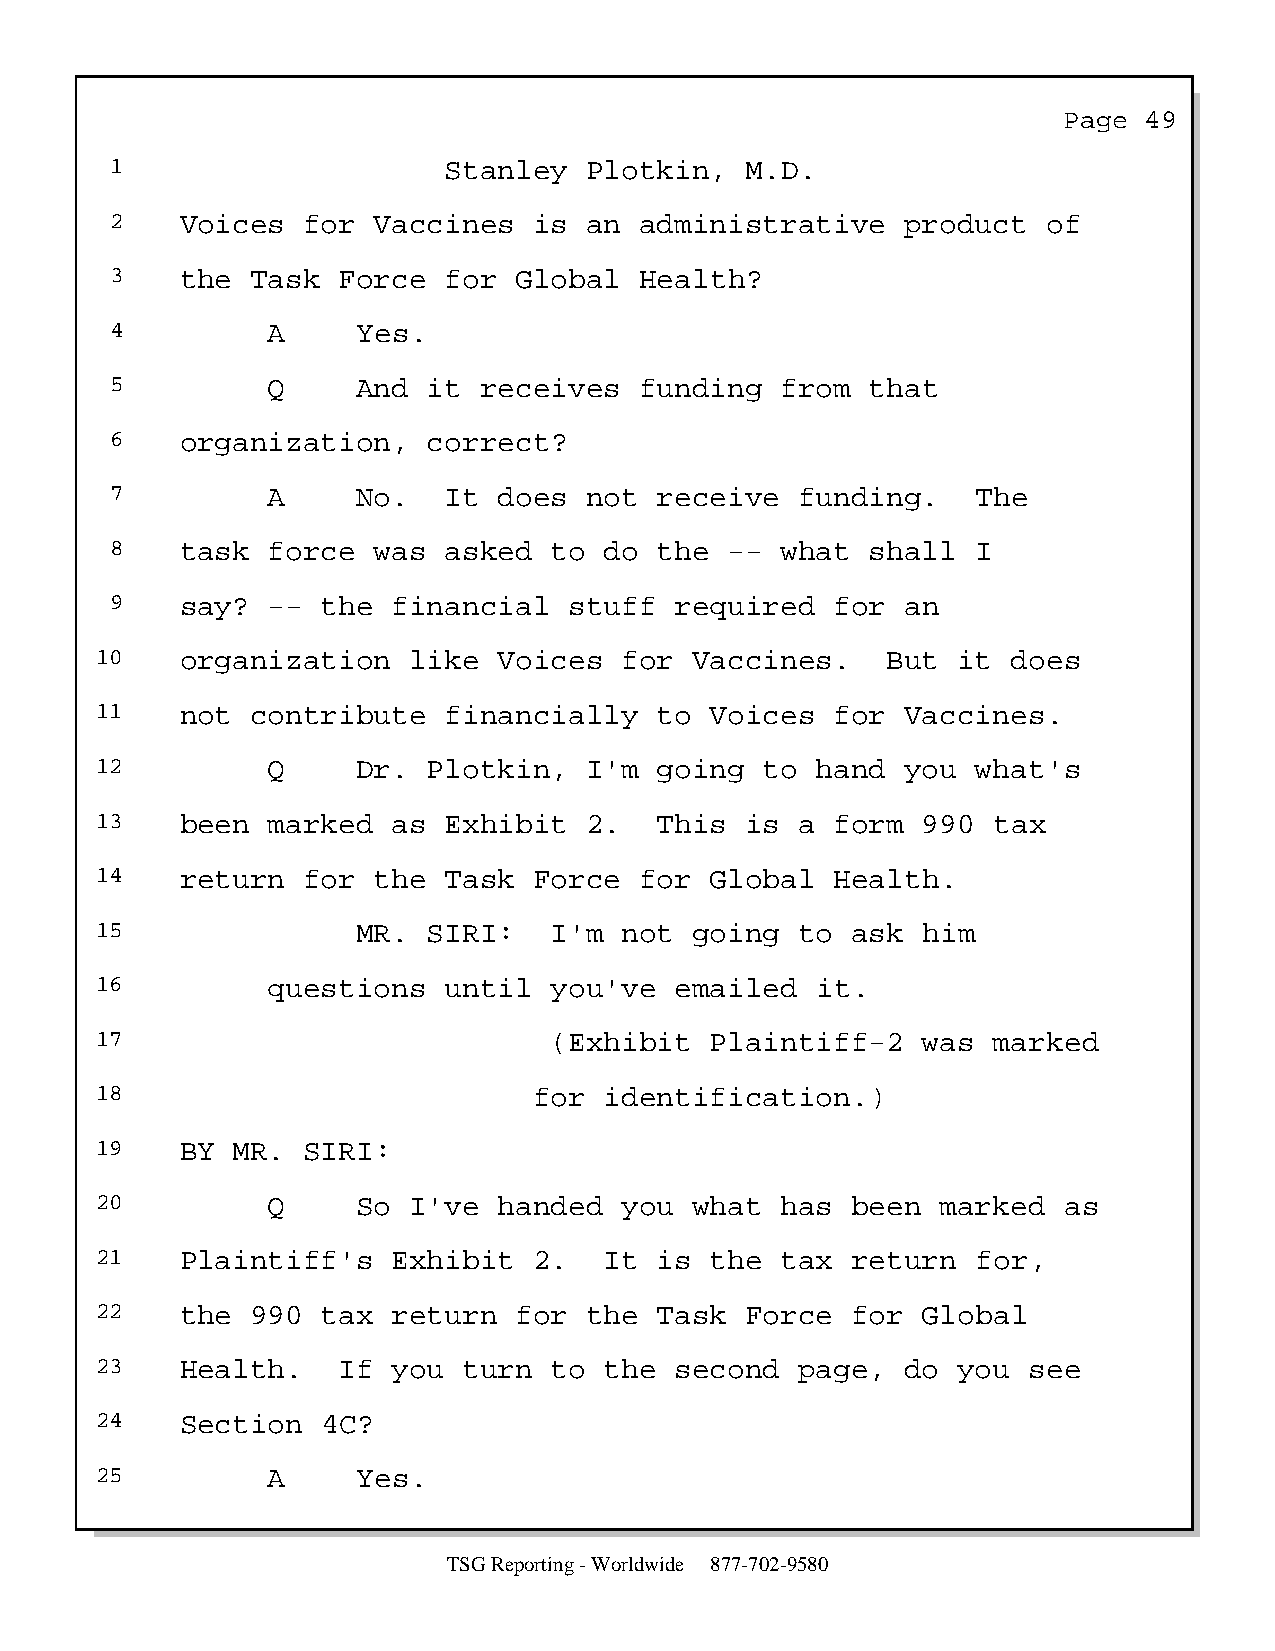
Page  49
 1                     Stanley   Plotkin,  M.D.
 2    Voices  for  Vaccines  is  an administrative    product  of
 3    the  Task Force  for  Global  Health?
 4          A     Yes.
 5          Q     And it  receives  funding   from  that
 6    organization,   correct?
 7          A     No.  It  does  not  receive  funding.    The
 8    task  force  was asked  to  do  the --  what  shall  I
 9    say?  -- the  financial   stuff  required  for  an
 10    organization   like  Voices  for  Vaccines.    But it  does
 11    not  contribute  financially    to Voices  for  Vaccines.
 12          Q     Dr. Plotkin,   I'm  going  to hand  you  what's
 13    been  marked  as Exhibit   2.   This is  a form  990  tax
 14    return  for  the Task  Force  for  Global  Health.
 15                MR. SIRI:   I'm  not  going  to ask  him
 16          questions  until  you've   emailed  it.
 17                            (Exhibit   Plaintiff-2   was  marked
 18                           for  identification.)
 19    BY MR.  SIRI:
 20          Q     So I've  handed  you  what  has been  marked  as
 21    Plaintiff's   Exhibit  2.   It  is the  tax return   for,
 22    the  990 tax  return  for  the  Task Force  for  Global
 23    Health.   If  you  turn to  the  second  page,  do you  see
 24    Section  4C?
 25          A     Yes.
 TSG Reporting - Worldwide 877-702-9580